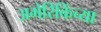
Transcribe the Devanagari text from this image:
अमेरिकिंच्या